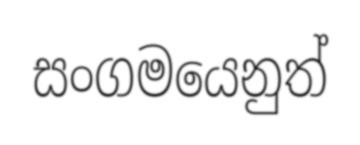
සංගමයෙනුත්